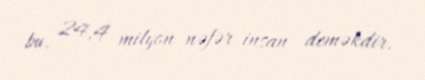
bu, 24,4 milyon nəfər insan deməkdir.